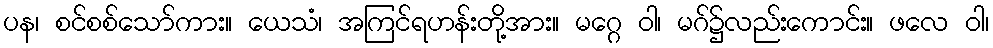
ပန၊ စင်စစ်သော်ကား။ ယေသံ၊ အကြင်ရဟန်းတို့အား။ မဂ္ဂေ ဝါ၊ မဂ်၌လည်းကောင်း။ ဖလေ ဝါ၊